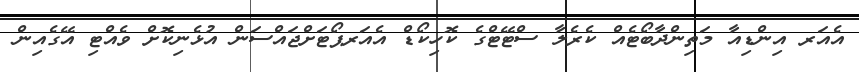
އެއަރ އިންޑިއާ މަތިންދާބޯޓެއް ކެރެލާ ސްޓޭޓްގެ ކޮހިކޯޑް އެއަރޕޯޓަށްޖައްސަން އުޅެނިކޮށް ވެއްޓި އޭގެއިން